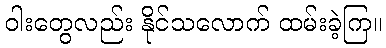
ဝါးတွေလည်း နိုင်သလောက် ထမ်းခဲ့ကြ။